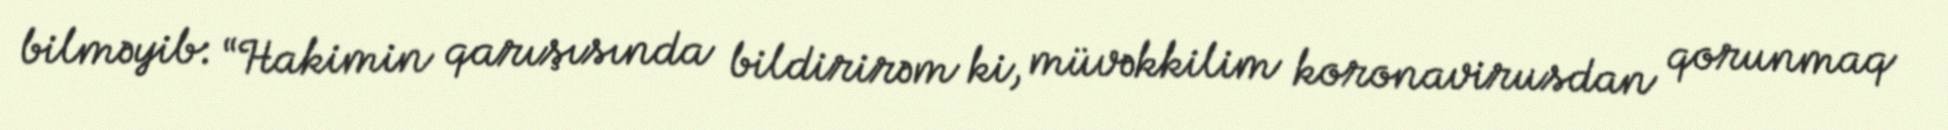
bilməyib: “Hakimin qarışısında bildirirəm ki, müvəkkilim koronavirusdan qorunmaq